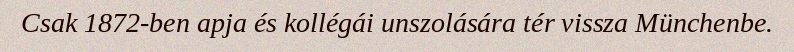
Csak 1872-ben apja és kollégái unszolására tér vissza Münchenbe.